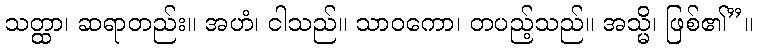
သတ္ထာ၊ ဆရာတည်း။ အဟံ၊ ငါသည်။ သာဝကော၊ တပည့်သည်။ အသ္မိ၊ ဖြစ်၏”။